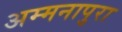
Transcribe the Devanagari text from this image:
अम्मनापुरा